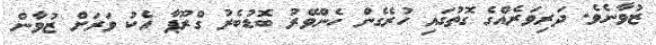
ޒުވާނެވެ. ދަރިވަރެއްގެ ގޮތުގައި ހުރެގެން ހެންވޭރު ބޮޑުބެރު ގްރޫޕާ އެކު ވަރަށް ޒުވާން